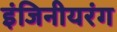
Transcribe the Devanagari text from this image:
इंजिनीयरंग